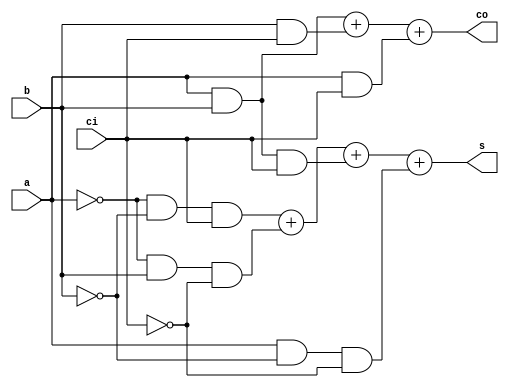
`timescale 1ns / 1ps
//////////////////////////////////////////////////////////////////////////////////
// Company: 
// Engineer: 
// 
// Design Name: 
// Module Name: FourBitAdder
// Project Name: 
// Target Devices: 
// Tool Versions: 
// Description: 
// 
// Dependencies: 
// 
// Revision:
// Revision 0.01 - File Created
// Additional Comments:
// 
//////////////////////////////////////////////////////////////////////////////////

module FullAdder(
    input a,
    input b,
    input ci,
    output s,
    output co
    );

    assign s = (~a & ~b & ci) + (~a & b & ~ci) + (a & b & ci) + (a & ~b & ~ci); 
    assign co = (a & b) + (b & ci) + (a & ci);
endmodule


module FourBitAdder(
    input[3:0] a,
    input[3:0] b,
    output[4:0] s
    );
    
    wire[2:0] c;

    FullAdder f3(a[3], b[3], c[2], s[3], s[4]);
    FullAdder f2(a[2], b[2], c[1], s[2], c[2]);
    FullAdder f1(a[1], b[1], c[0], s[1], c[1]);
    FullAdder f0(a[0], b[0], 1'b0, s[0], c[0]);
    
endmodule